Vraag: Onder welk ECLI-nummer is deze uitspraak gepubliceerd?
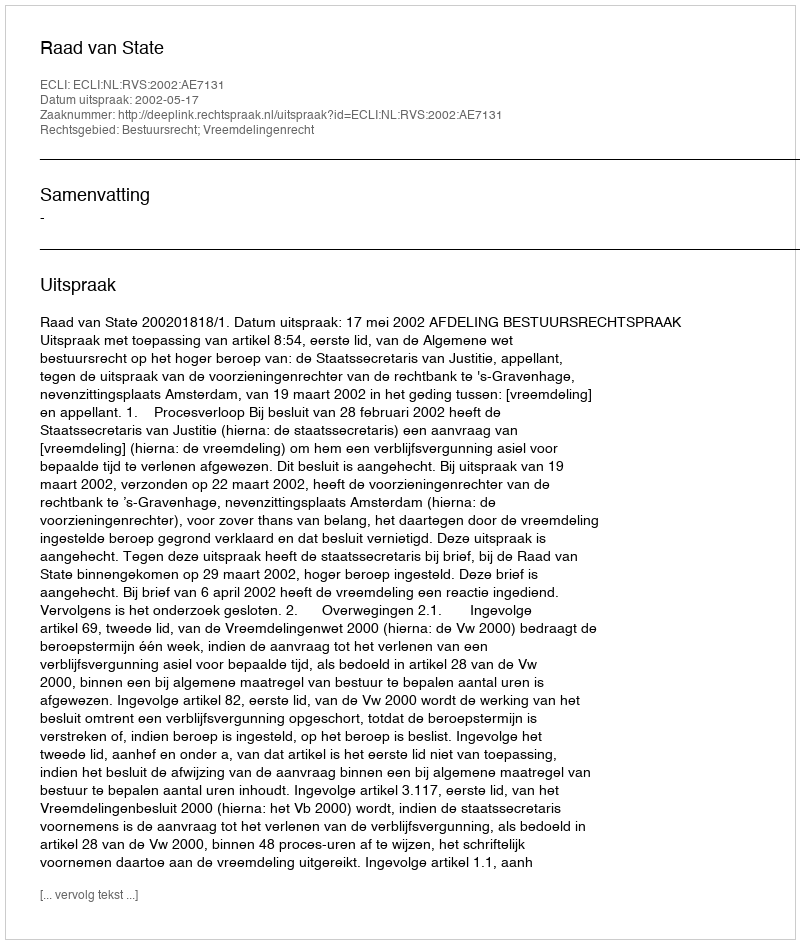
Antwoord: ECLI:NL:RVS:2002:AE7131